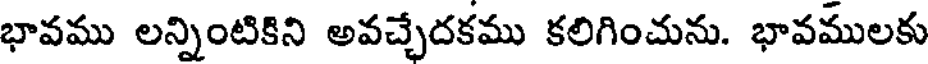
భావము లన్నింటికిని అవచ్చేదకము కలిగించును. భావములకు